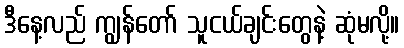
ဒီနေ့လည် ကျွန်တော် သူငယ်ချင်းတွေနဲ့ ဆုံမလို့။